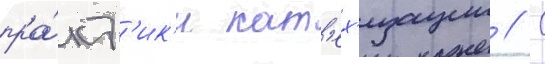
пра́кт'ик'и кат'ех'изации // С